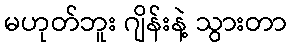
မဟုတ်ဘူး ဂျိန်းနဲ့ သွားတာ